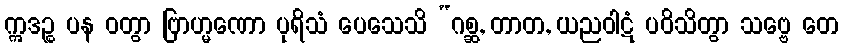
ဣဒဉ္စ ပန ဝတွာ ဗြာဟ္မဏော ပုရိသံ ပေသေသိ “ဂစ္ဆ, တာတ, ယညဝါဋံ ပဝိသိတွာ သဗ္ဗေ တေ